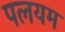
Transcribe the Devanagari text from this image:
पलयम